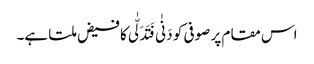
اس مقام پر صوفی کو دَنٰی فَتَدَلّٰی کا فیض ملتا ہے۔